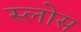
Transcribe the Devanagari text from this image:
स्लोस